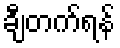
ချီတက်ရန်